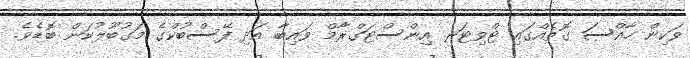
ވަކިން ހާއްސަ ގޮތެއްގައި ޓްވިޓަރ އިންސްޓަގްރާމް ވައިބާ އަދި ފޭސްބުކްގެ މަގުބޫލުކަން ބޮޑެވެ.